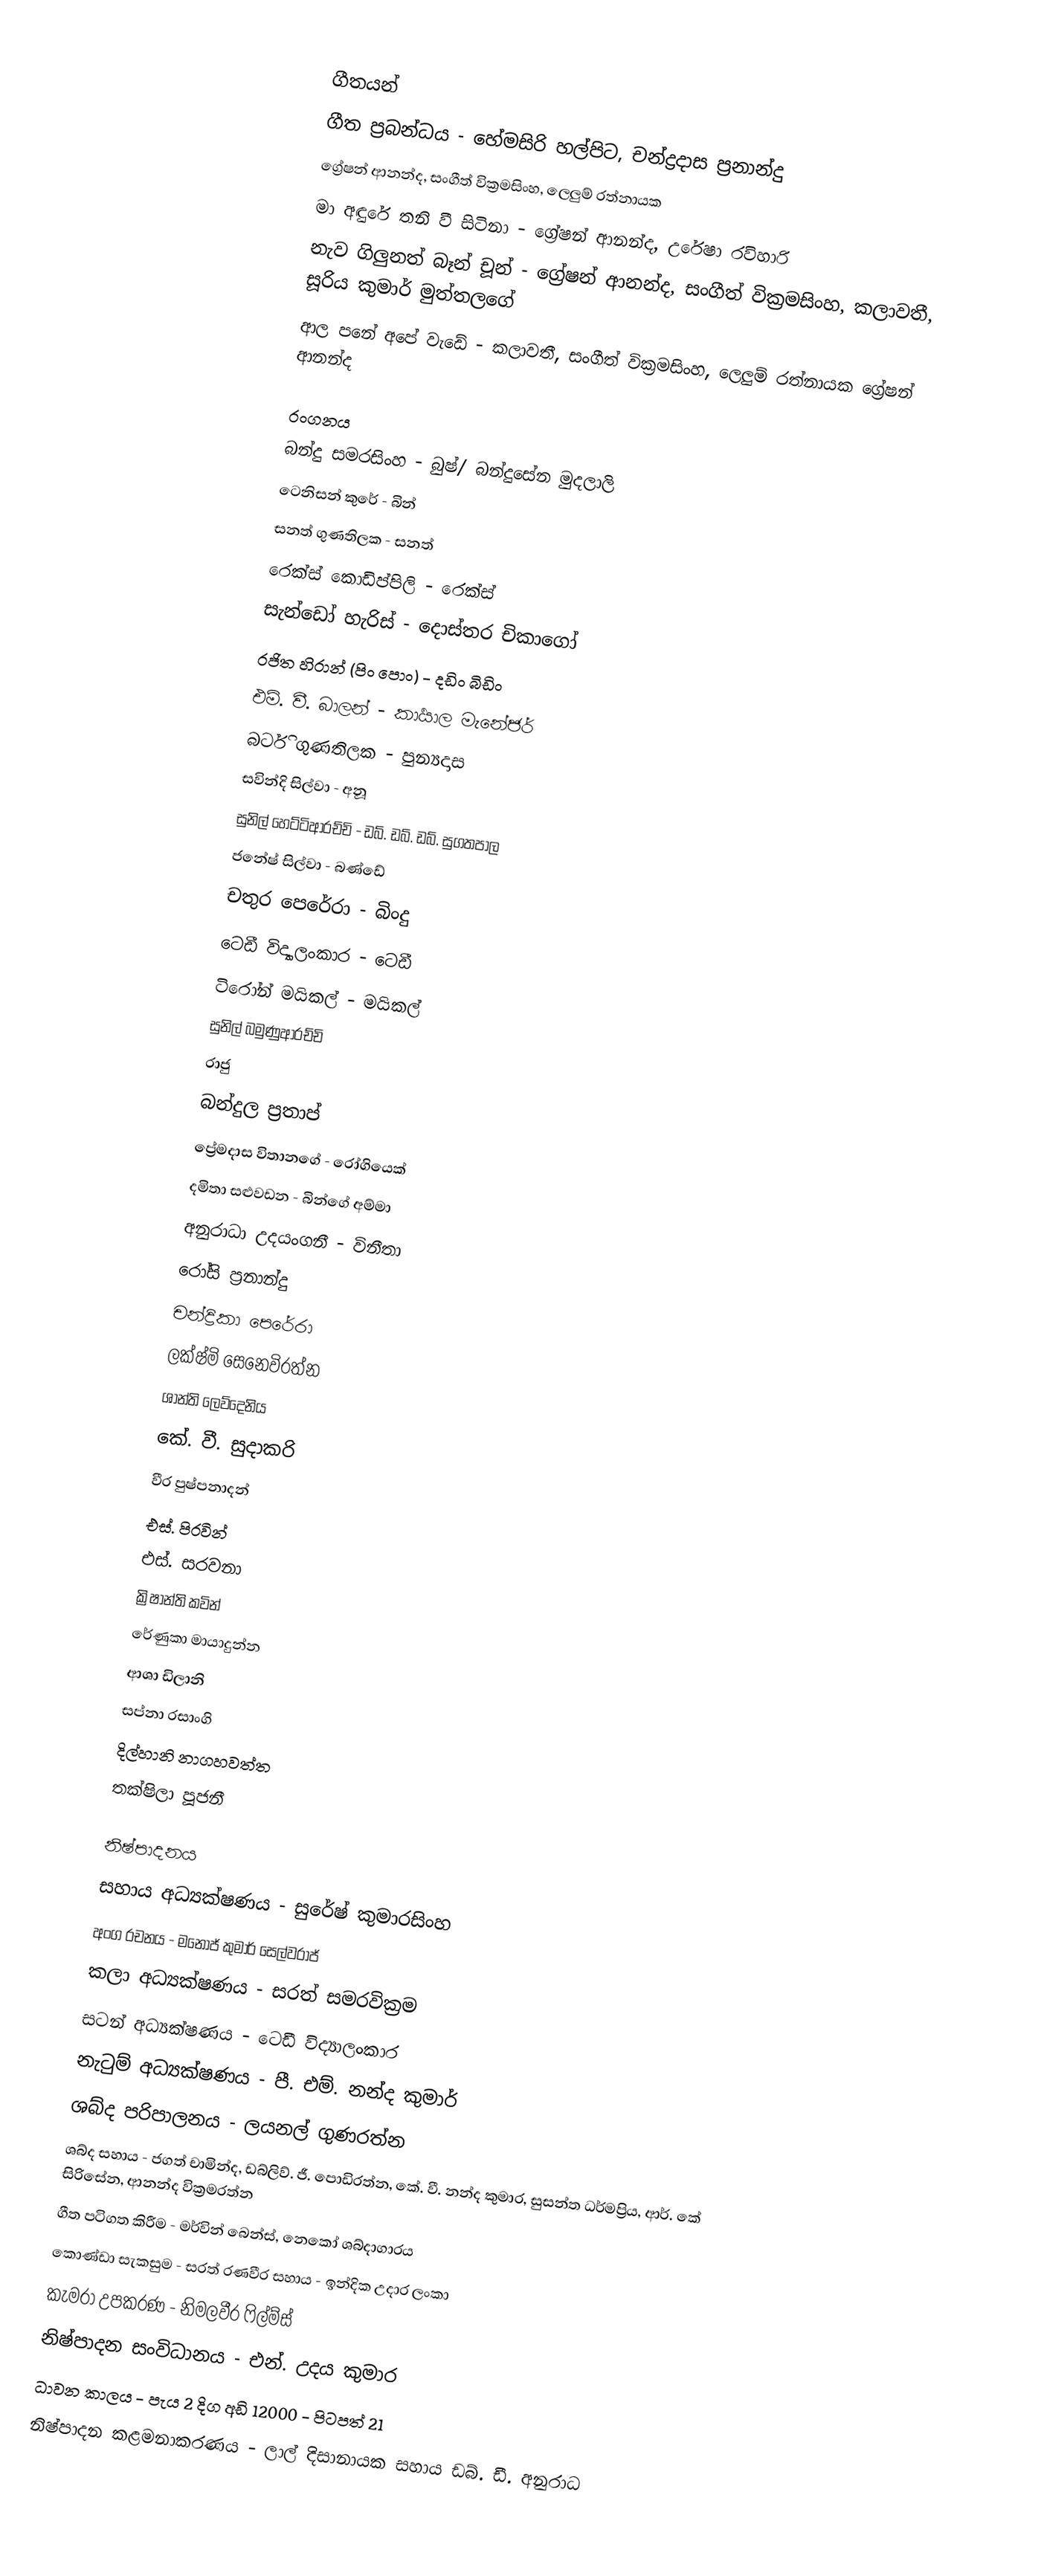

ගීතයන්
ගීත ප්‍රබන්ධය - හේමසිරි හල්පිට, චන්ද්‍රදාස ප්‍රනාන්දු
ග්‍රේෂන් ආනන්ද, සංගීත් වික්‍රමසිංහ, ලෙලුම් රත්නායක
මා අඳුරේ තනි වී සිටිනා - ග්‍රේෂන් ආනන්ද, උරේෂා රවිහාරි
නැව ගිලුනත් බෑන් චූන් - ග්‍රේෂන් ආනන්ද, සංගීත් වික්‍රමසිංහ, කලාවතී, සූරිය කුමාර් මුත්තලගේ
ආල පනේ අපේ වැඩේ - කලාවතී, සංගීත් වික්‍රමසිංහ, ලෙලුම් රත්නායක ග්‍රේෂන් ආනන්ද

රංගනය
බන්දු සමරසිංහ - බුෂ්/ බන්දුසේන මුදලාලි
ටෙනිසන් කුරේ - බින්
සනත් ගුණතිලක - සනත්
රෙක්ස් කොඩිප්පිලි - රෙක්ස්
සැන්ඩෝ හැරිස් - දොස්තර චිකාගෝ
රජිත හිරාන් (පිං පොං) - දඩිං බිඩිං
එම්. වී. බාලන් - කාර්‍යාල මැනේජර්
බර්ටි ගුණතිලක - පුන්‍යදාස
සවින්දි සිල්වා - අනූ
සුනිල් හෙට්ටිආරච්චි - ඩබ්. ඩබ්. ඩබ්. සුගතපාල
ජනේෂ් සිල්වා - බණ්ඩේ
චතුර පෙරේරා - බිංදු
 ටෙඩී විද්‍යාලංකාර - ටෙඩී
ටිරෝන් මයිකල් - මයිකල්
සුනිල් බමුණුආරච්චි
රාජු
බන්දුල ප්‍රතාප්
ප්‍රේමදාස විතානගේ - රෝගියෙක්
දමිතා සළුවඩන - බින්ගේ අම්මා
අනුරාධා උදයංගනී - විනීතා
රෝසි ප්‍රනාන්දු
චන්ද්‍රිකා පෙරේරා
ලක්ෂ්මි සෙනෙවිරත්න
ශාන්ති ලෙව්දෙනිය
කේ. වී. සුදාකරි
වීර පුෂ්පනාදන්
එස්. පිරවින්
එස්. සරවනා
ක්‍රිෂාන්ති කවින්
රේණුකා මායාදුන්න
ආශා ඩිලානි
සප්නා රසාංගි
දිල්හානි නාගහවත්ත
තක්ෂිලා පූජනී

නිෂ්පාදනය
සහාය අධ්‍යක්ෂණය - සුරේෂ් කුමාරසිංහ
අංග රචනය - මනෝජ් කුමාර් සෙල්වරාජ්
කලා අධ්‍යක්ෂණය - සරත් සමරවික්‍රම
සටන් අධ්‍යක්ෂණය - ටෙඩී විද්‍යාලංකාර
නැටුම් අධ්‍යක්ෂණය - පී. එම්. නන්ද කුමාර්
ශබ්ද පරිපාලනය - ලයනල් ගුණරත්න
ශබ්ද සහාය - ජගත් චාමින්ද, ඩබ්ලිව්. ජී. පොඩිරත්න, කේ. වී. නන්ද කුමාර, සුසන්ත ධර්මප්‍රිය, ආර්. කේ සිරිසේන, ආනන්ද වික්‍රමරත්න
ගීත පටිගත කිරීම - මර්වින් බෙන්ස්, නෙකෝ ශබ්දාගාරය
කොණ්ඩා සැකසුම - සරත් රණවීර සහාය - ඉන්දික උදාර ලංකා
කැමරා උපකරණ - නිමලවීර ෆිල්ම්ස්
නිෂ්පාදන සංවිධානය - එන්. උදය කුමාර
ධාවන කාලය - පැය 2 දිග අඩි 12000 - පිටපත් 21
නිෂ්පාදන කළමනාකරණය - ලාල් දිසානායක සහාය ඩබ්. ඩී. අනුරාධ